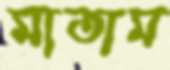
মাতাম